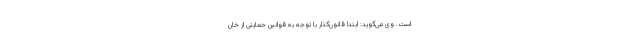
است. وی می‌گوید: ابتدا قانون‌گذار با توجه به قوانین حمایتی از خان